65_HS1-834228961_62-HQ-83894_Section_2
Agency: FBI
Page 148
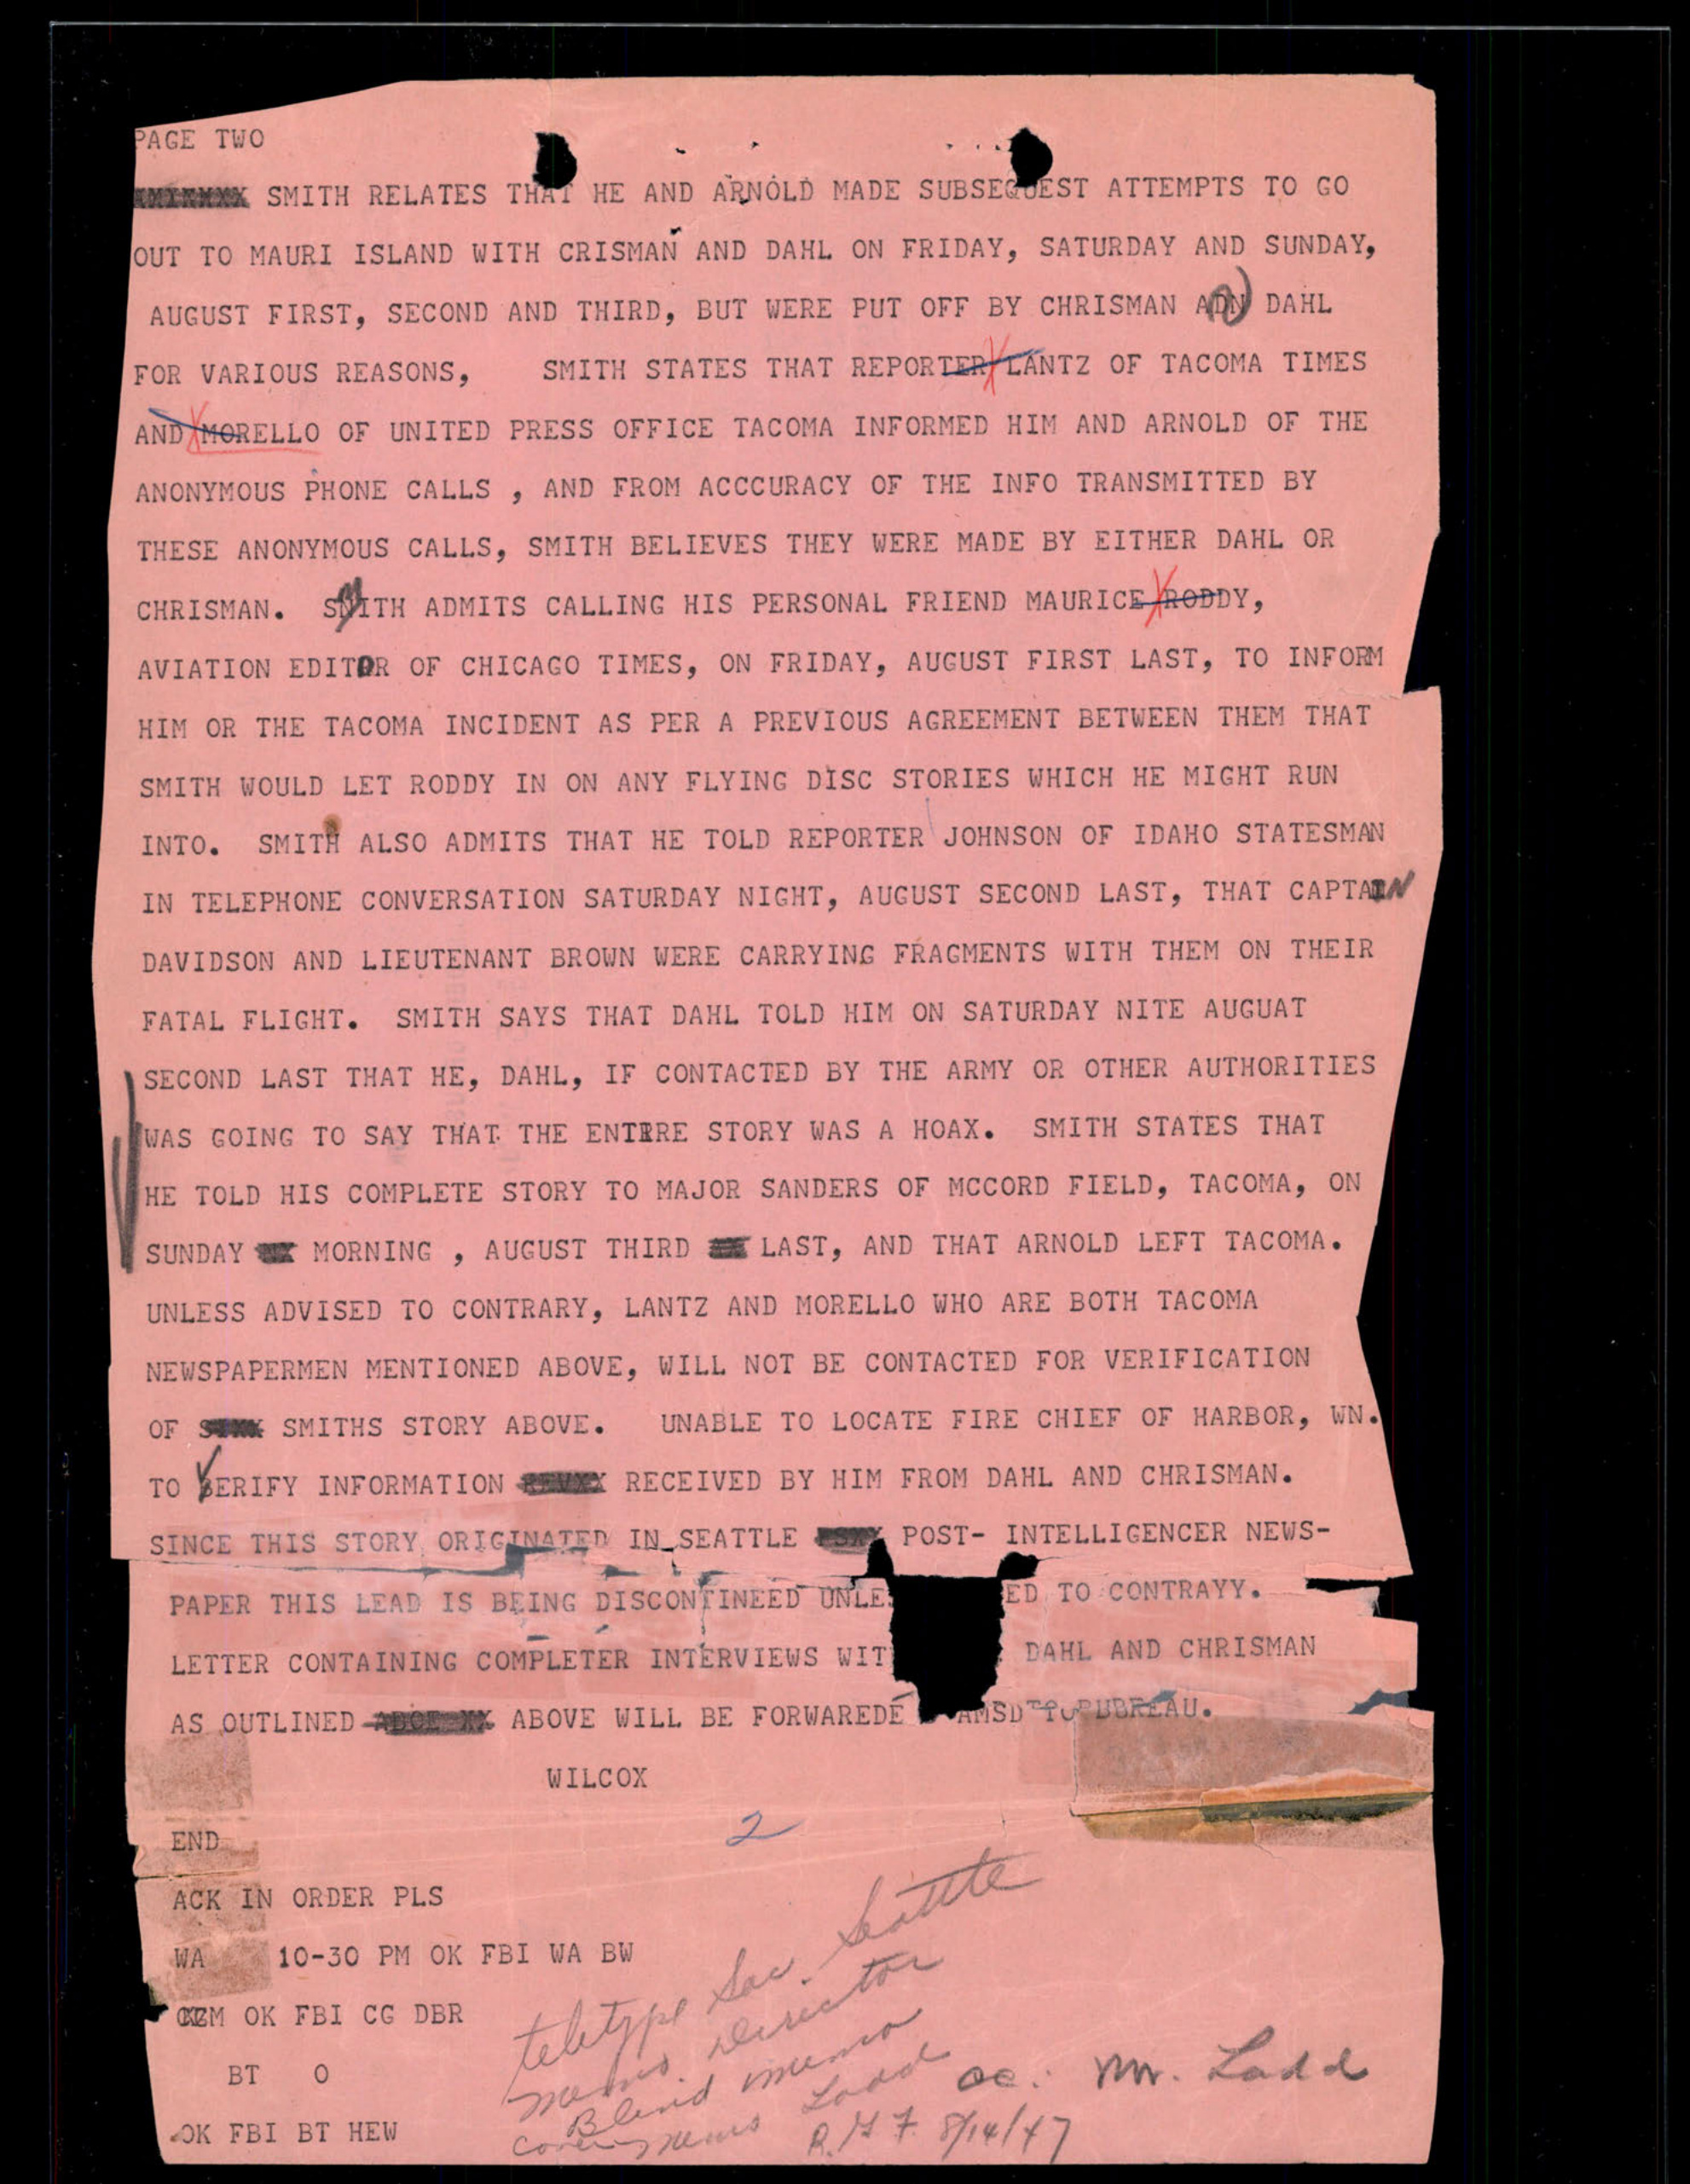